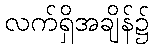
လက်ရှိအချိန်၌